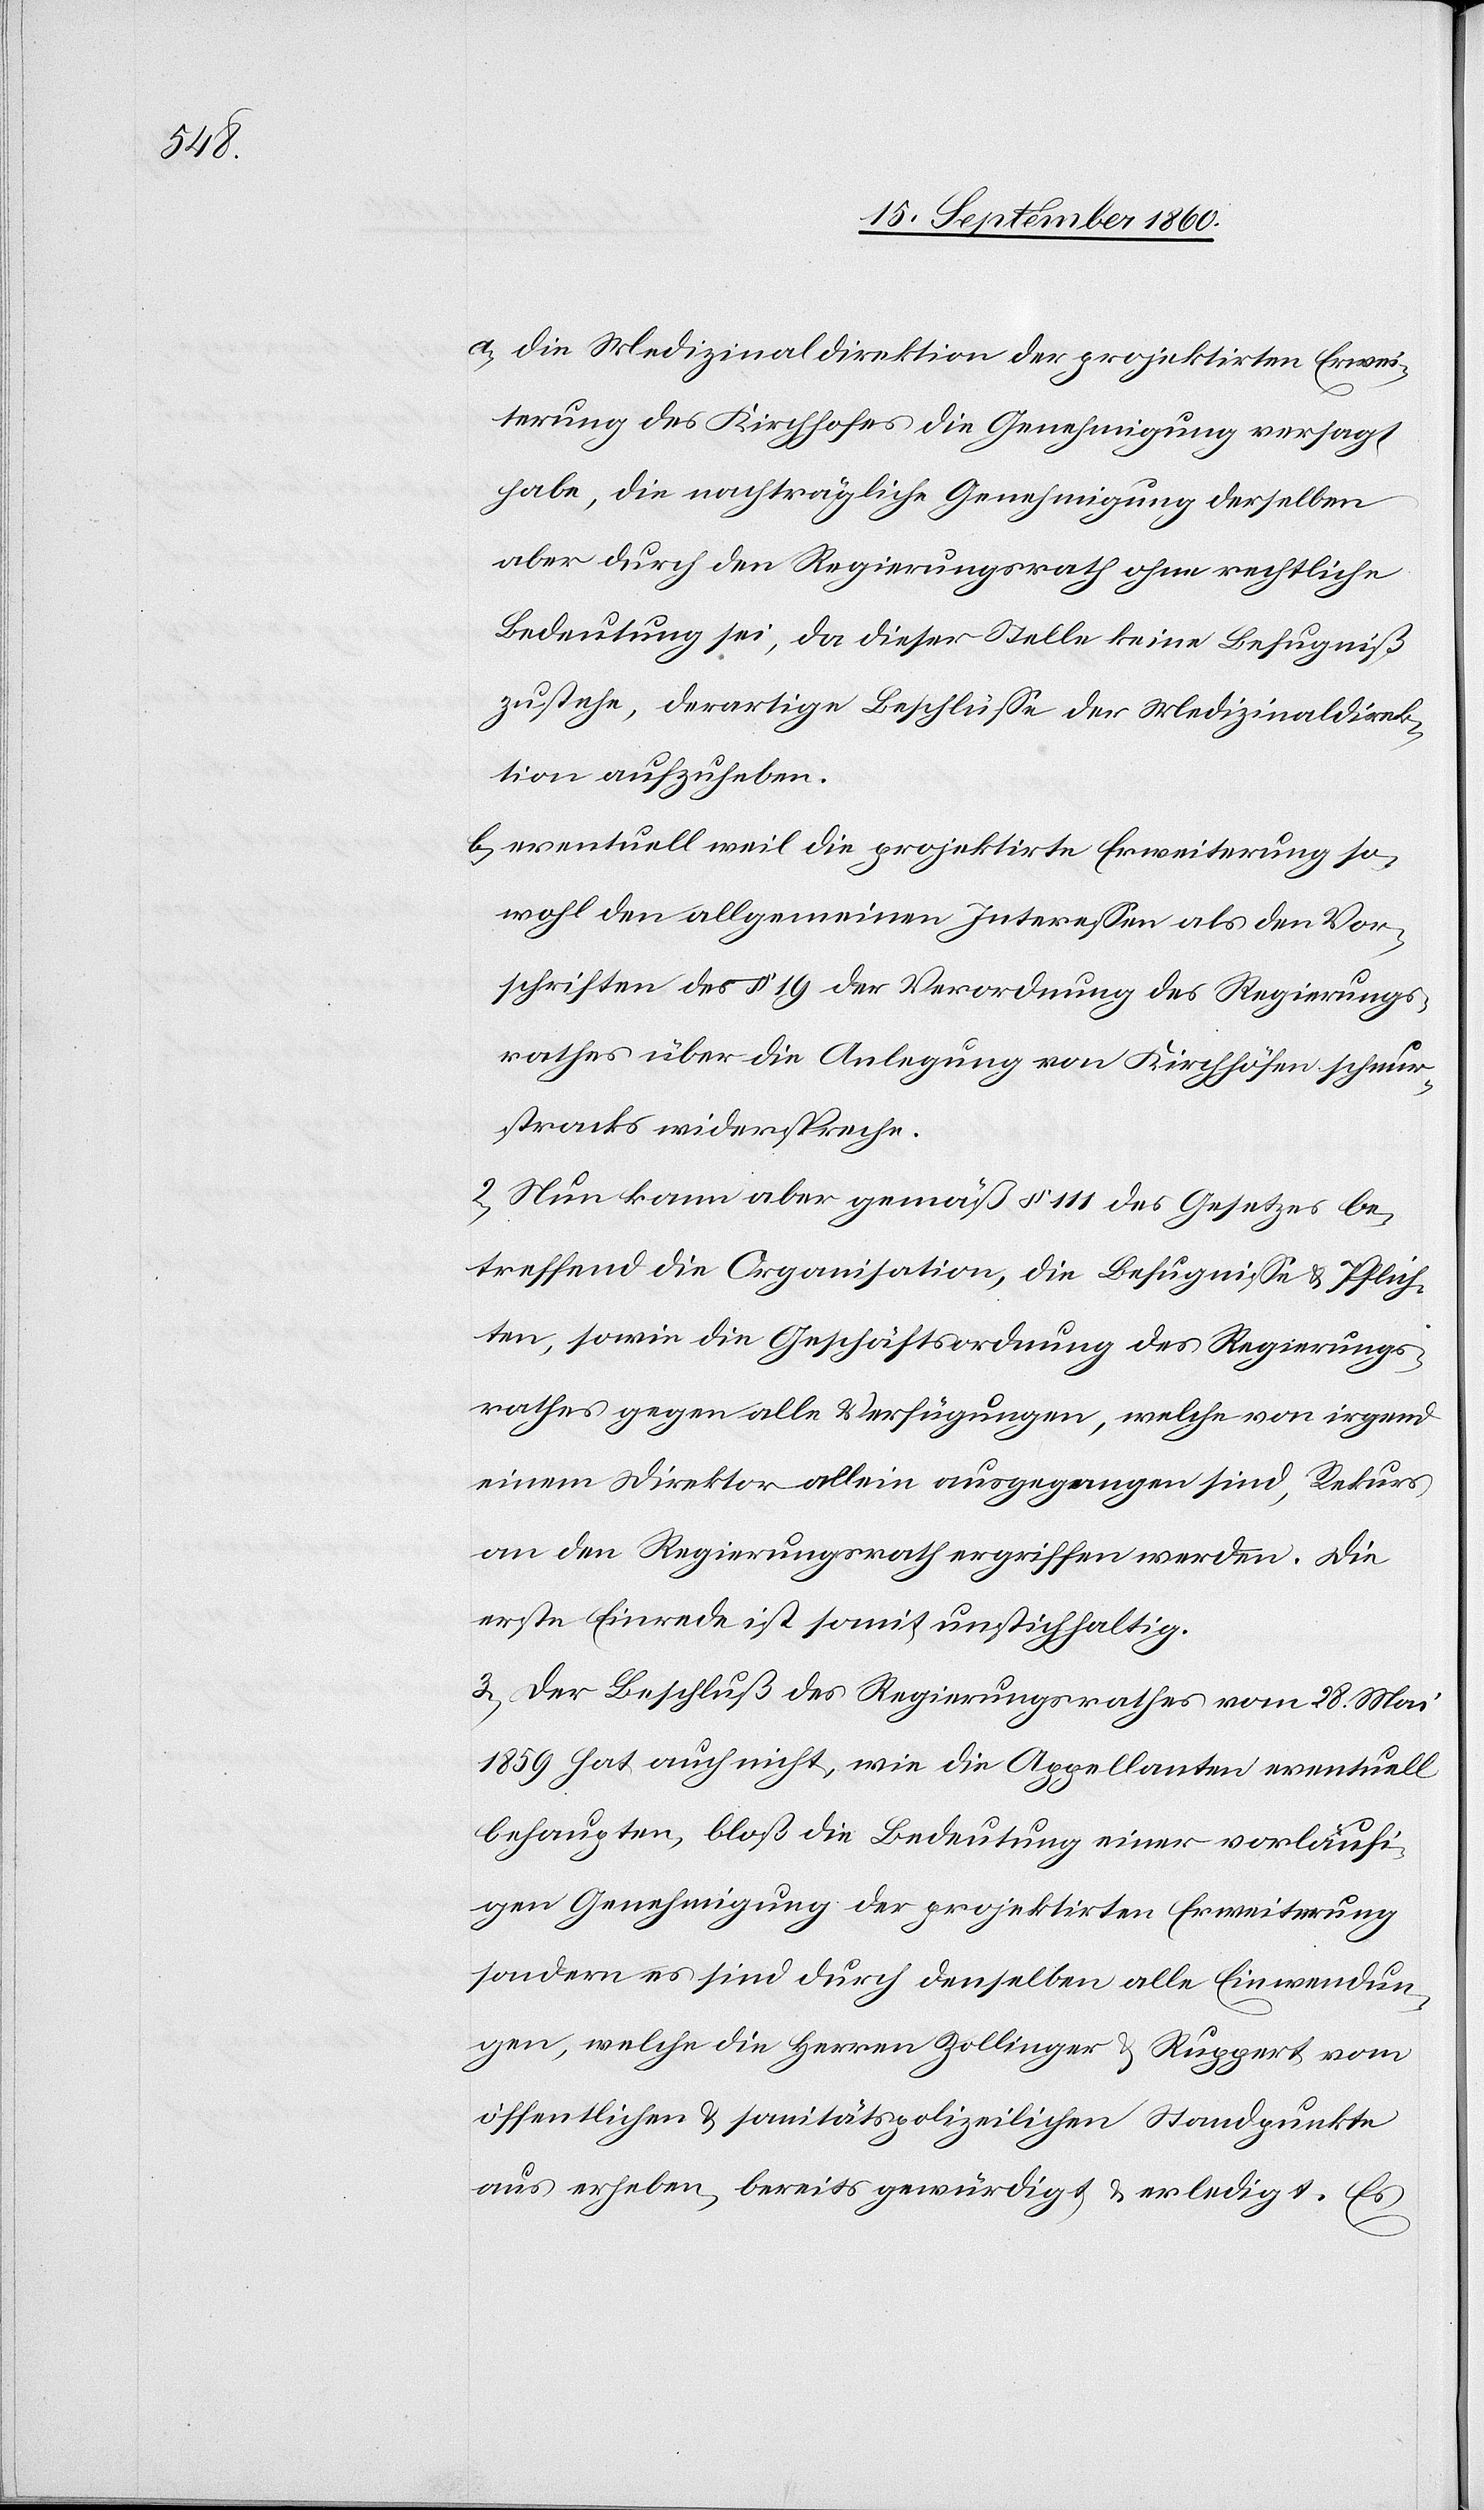
a) die Medizinaldirektion der projektirten Erwei¬
terung des Kirchhofes die Genehmigung versagt
habe, die nachträgliche Genehmigung derselben
aber durch den Regierungsrath ohne rechtliche
Bedeutung sei, da dieser Stelle keine Befugniss
zustehe, derartige Beschlüsse der Medizinaldirek¬
tion aufzuheben;
b) eventuell weil die projektirte Erweiterung so¬
wol den allgemeinen Interessen als den Vor¬
schriften des §. 19 der Verordnung des Regierungs¬
rathes über die Anlegung von Kirchhöfen schnur¬
stracks widerspreche.
2) Nun kann aber gemäss §. 111 des Gesetzes be¬
treffend die Organisation, die Befugnisse u. Pflich¬
ten, sowie die Geschäftsordnung des Regierungs¬
rathes gegen alle Verfügungen, welche von irgend
einem Direktor allein ausgegangen sind, Rekurs
an den Regierungsrath ergriffen werden. Die
erste Einrede ist somit unstichhaltig.
3) Der Beschluss des Regierungsrathes vom 28. Mai
1859 hat auch nicht, wie die Appellanten eventuell
behaupten, blos die Bedeutung einer vorläufi¬
gen Genehmigung der projektirten Erweiterung,
sondern es sind durch denselben alle Einwendun¬
gen, welche die Herren Zollinger u. Ruppert vom
öffentlichen u. sanitätspolizeilichen Standpunkte
aus erheben, bereits gewürdigt und erledigt. Es